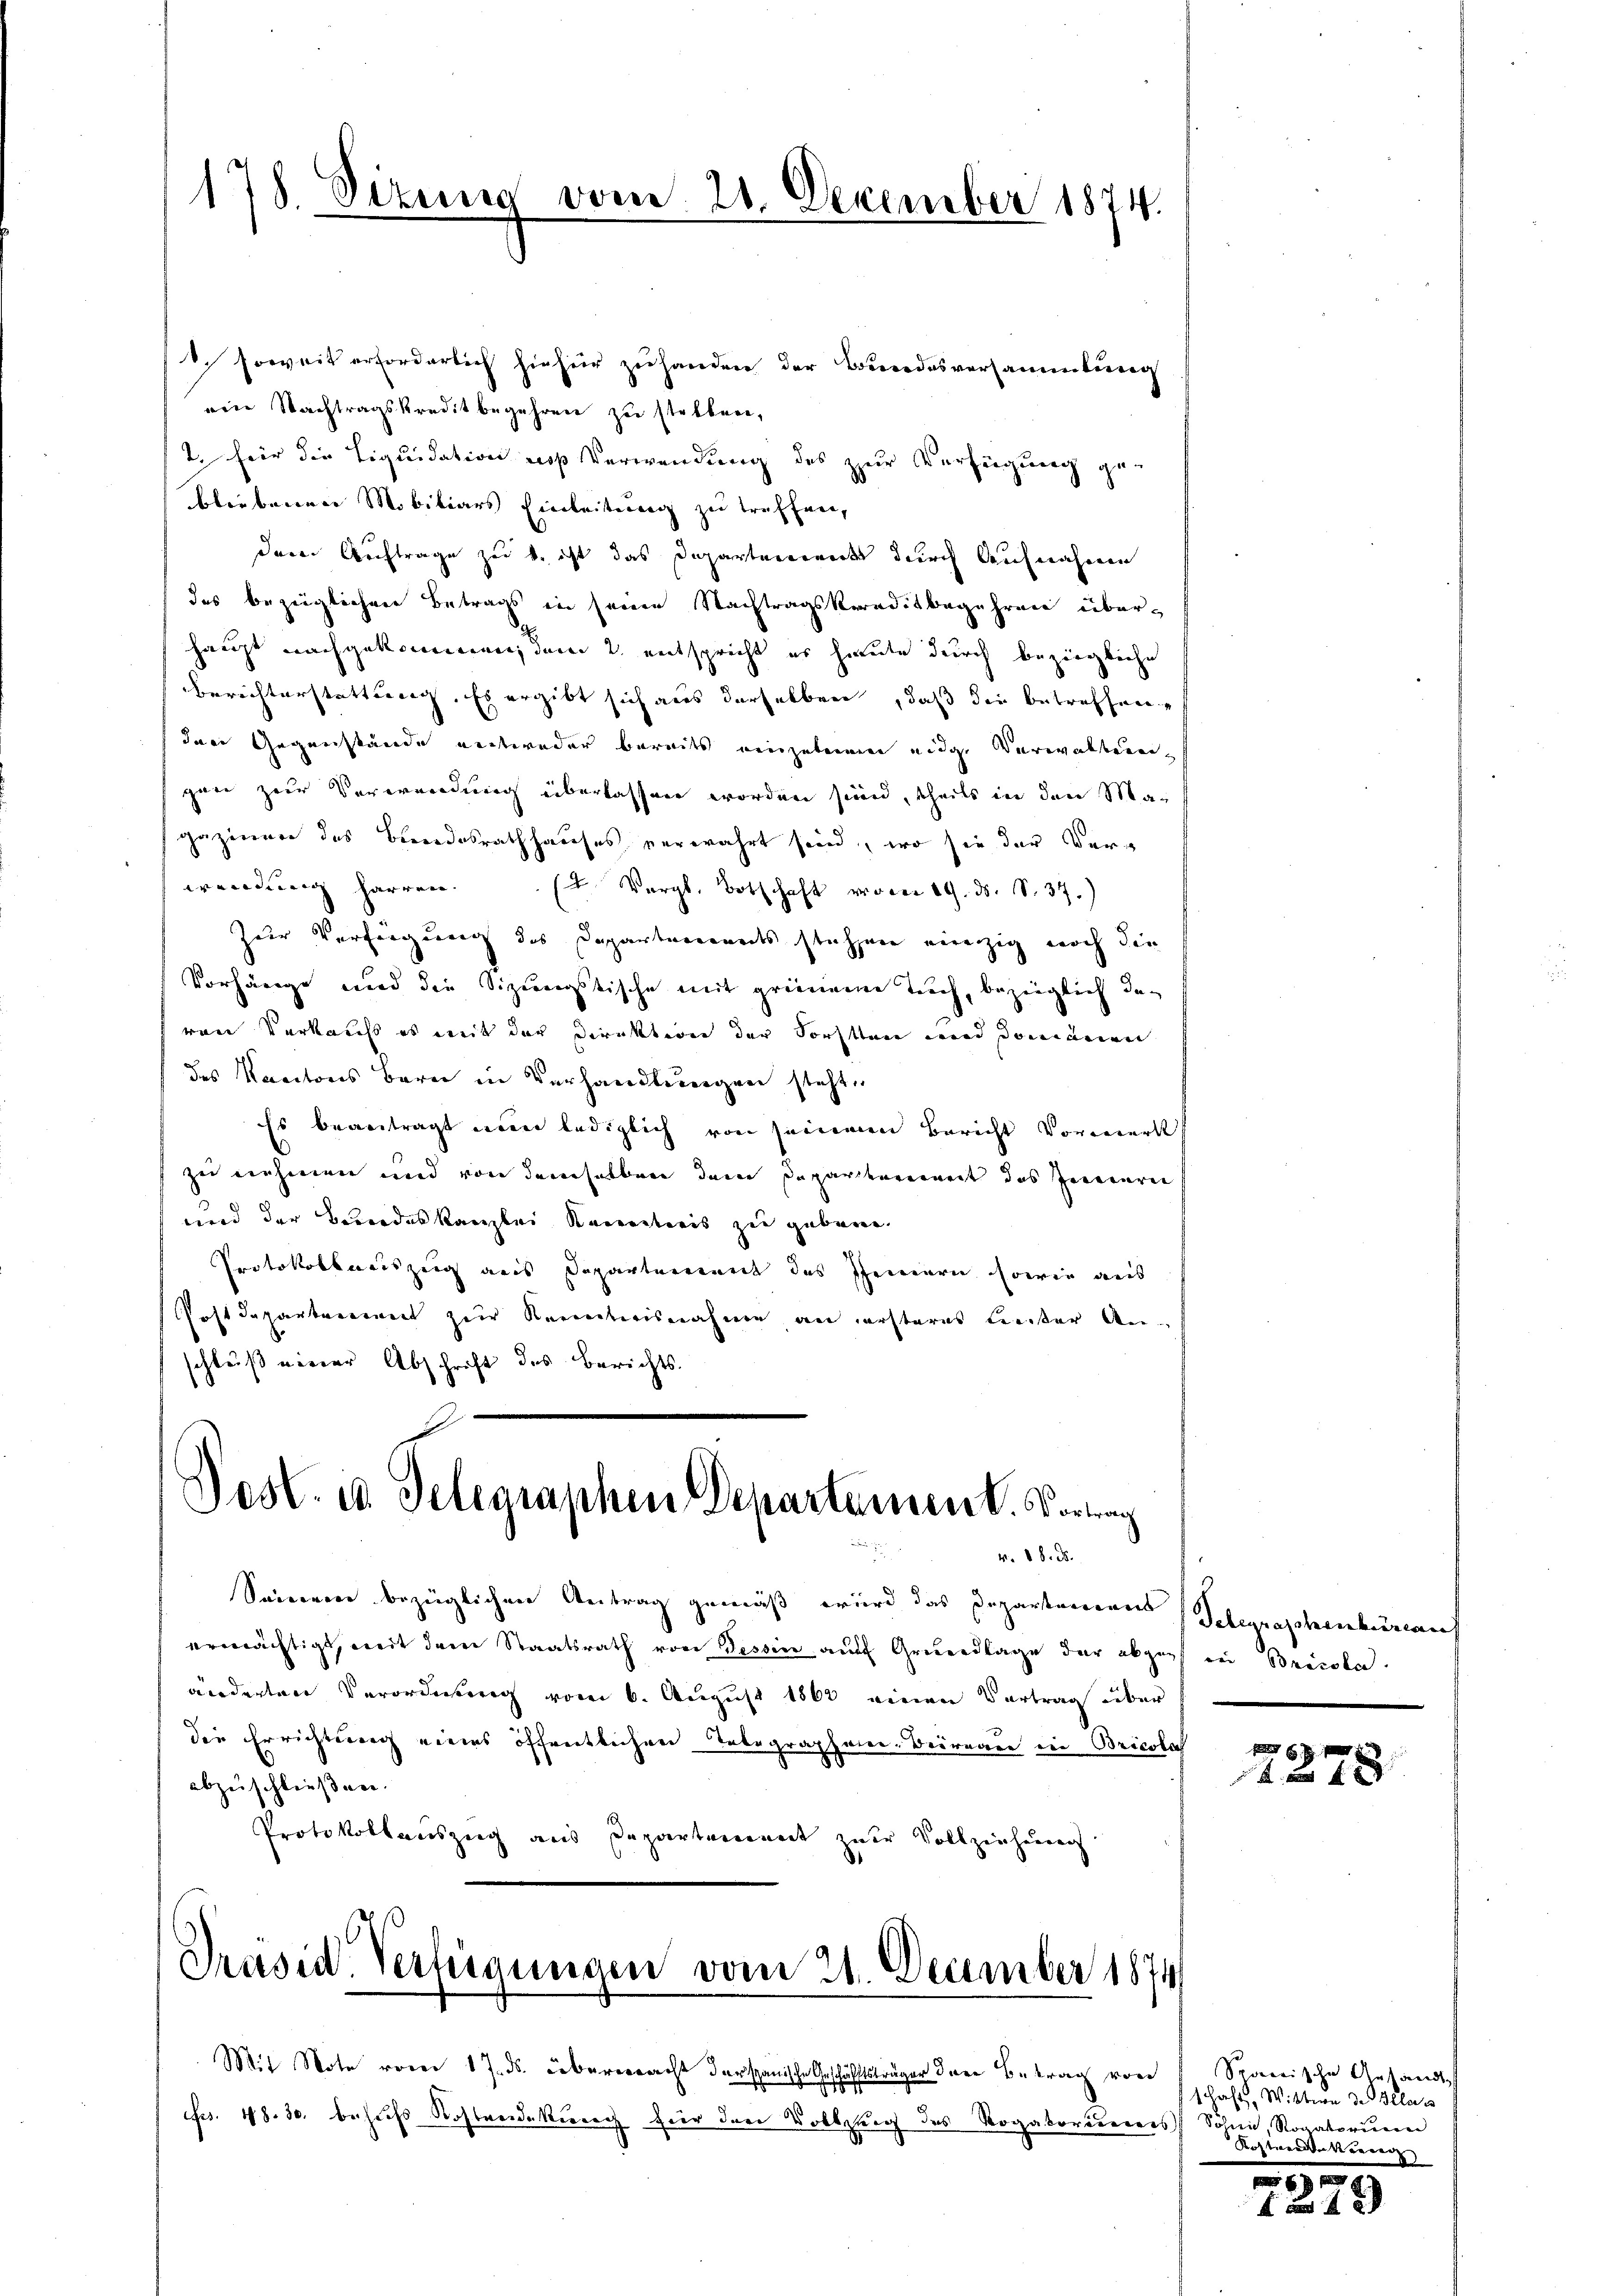
178. Situng

Obere

21. Dezember 1874.

1. soweit erforderlich hiefür zuhanden der Bundesversammlung
eine Nachtragskredit begehren zu stellen,
2. für die Liquidation des Verwendung des zur Verfügung gebliebenen Mobiliars Einleitung zu treffen,
deren Auftrage zu b. ist das Departerrents durch Aufnahmen
das bezüglichere Betrags in seine Nachtragskereditbegehren überhaupt nachgekommen, dem 2. entspricht er heute durch bezierliche
Berichterstattung. Es ergibt sich aus derselben, daß die betreffen,
Inen Gegenstände entweder bereits einzelnen eidge Verwaltenen
gane zur Verwendung überlassen worden sind, theils in den Magaziner des Bundesrathhauses verwahrt sein, wo sie der Verwendung harren. (T. Vergl. Botschaft vom 19. ds. S. 37.)
Zur Verfügung des Departenanndts stehen einzig noch die
Vorhänge und die Sizemystische mit grimmene Tuch, bezüglich davon Verkaufs es mit der Direktion der Sorsten und domanien
des Kantons Bern in Verhandlungen steht.
Es beantragt ein lediglich von seinenen Bericht Vorwerk
zu nehmen und von demselben denn Departengereit das Innerei
und der Berordeskanzlei Receritoris zu gebene
Protokollweiszug aus Departement des seinern sowie aus
Postdepartement zur Kenntnisnahme an ersteres Leiter Anschluß einer Abschrift des Berichts¬

Pest. u. Telegraphen Departement. Vortrag
v. 88. 58.

Seinem bezüglichen Antrag gemäß wird das Departamens Telegraphenbüreauf
ermächtigt, mit dem Staatsrath von Tessin auf Grundlage der abgeht in Brida.
änderten Verordnung vom 6. August 1862 einen Vertrag über
die Errichtung eines öffentlichen Telegraphier-Beiregen ein Bricola
abzuschließen.
Protokollauszeig aus Departement zur Vollziehung

Präsid. Verheinungen vom 21. December 1874

Mit Note vom 17. ds. übereeracht derspanische Geschäfftsträger dere Betrag vor
Frs. 18. 30. behufs Kostreidekernach hier der Vollzung des Rogatoriieren

f 6 x
A. an f

Sponerische Anstand
schaft, Wittwe de Belas
 Söhne, Rogatorum
Kostwerden Korrenz

9
 u 18